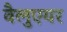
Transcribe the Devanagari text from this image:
वैलुएयर